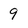
Character: 9